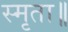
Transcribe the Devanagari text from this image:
स्मृता॥